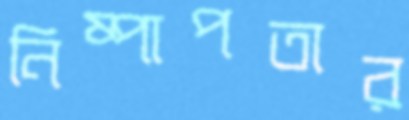
নিষ্পাপতার